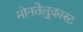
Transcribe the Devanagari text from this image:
मोनतेलुकास्ट